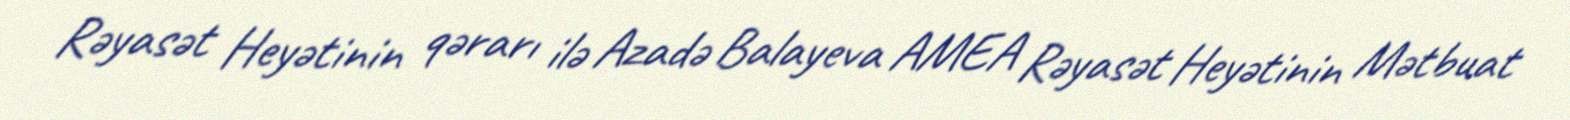
Rəyasət Heyətinin qərarı ilə Azadə Balayeva AMEA Rəyasət Heyətinin Mətbuat